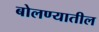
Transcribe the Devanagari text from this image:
बोलण्यातील